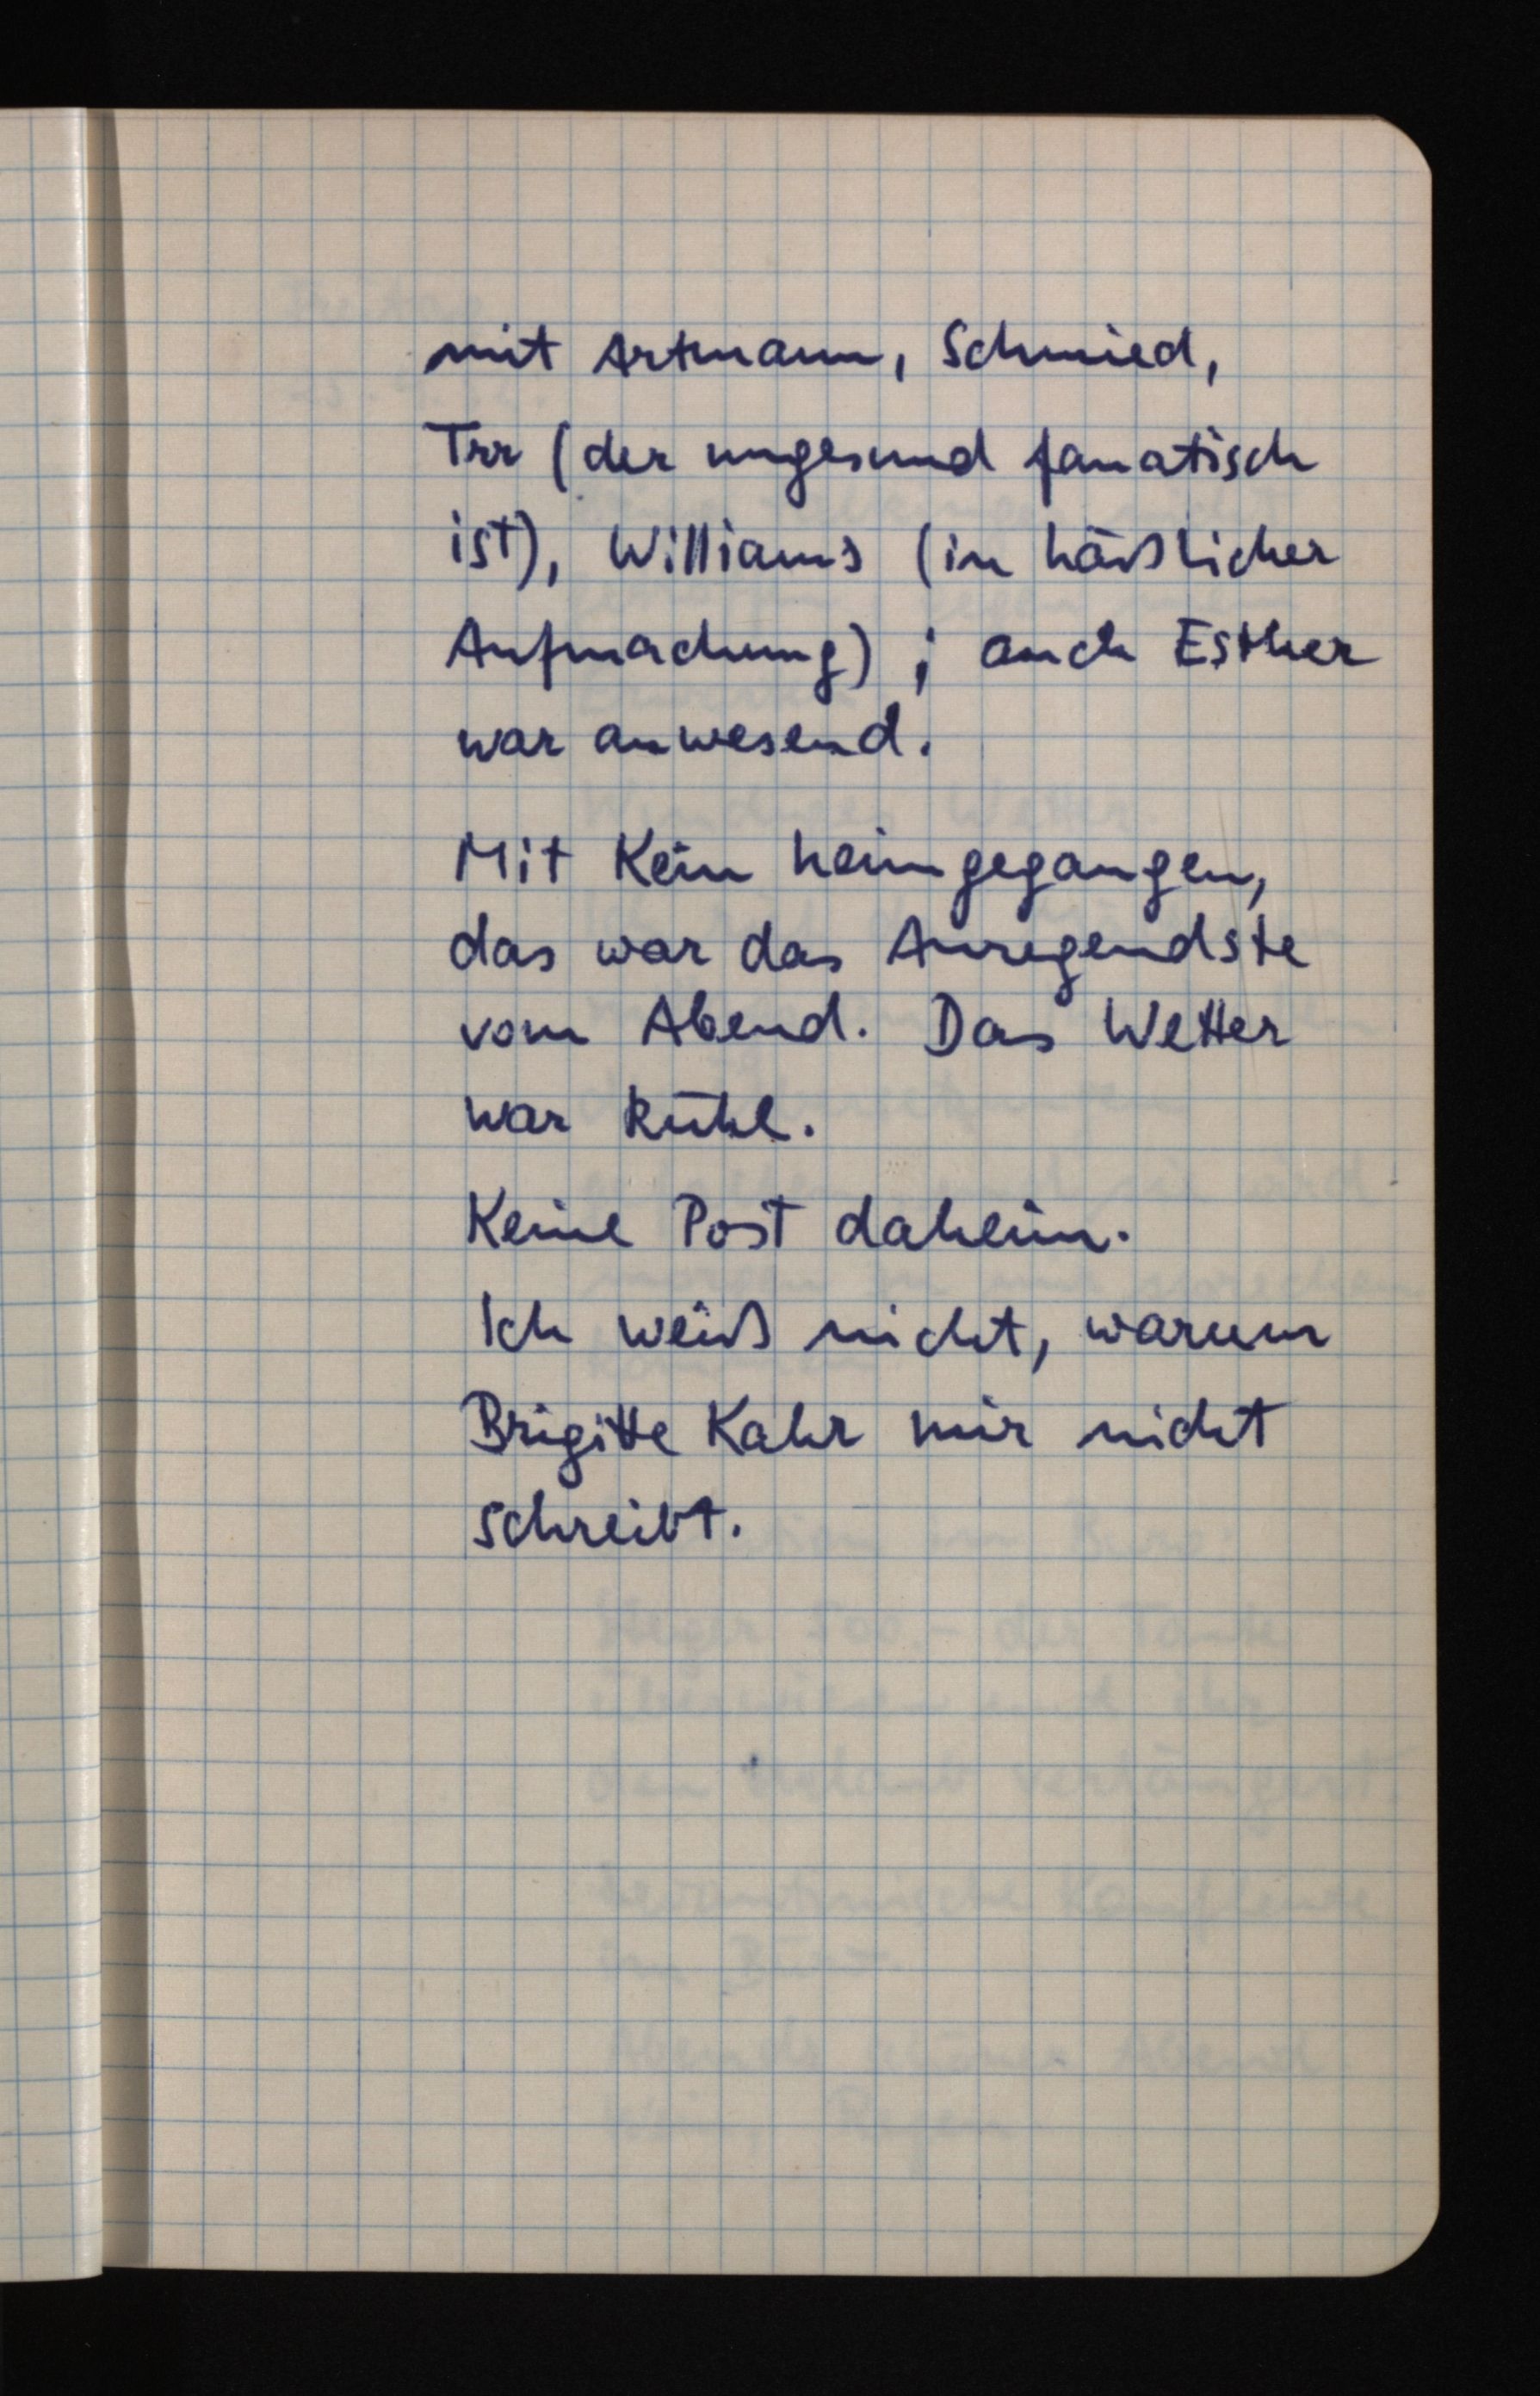
mit Artmann, Schmied,
Trr (der ungesund fanatisch
ist), Williams (in häßlicher
Aufmachung); auch Esther
war anwesend.
Mit Kein heimgegangen,
das war das Anregendste
vom Abend. Das Wetter
war kühl.
Keine Post daheim.
Ich weiß nicht, warum
Brigitte Kahr mir nicht
schreibt.